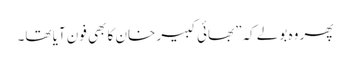
پھر وہ بولے کہ”بھائی کبیر خان کا بھی فون آیا تھا۔